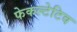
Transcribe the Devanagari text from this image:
फेकल्टेटिव